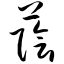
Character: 荫